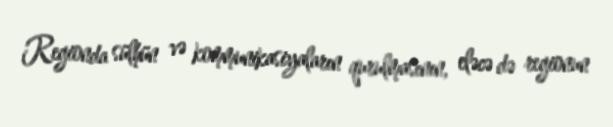
Regionda sülhün və kommunikasiyaların qurulmasının, eləcə də regionun